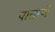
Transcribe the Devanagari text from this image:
पाताणे